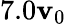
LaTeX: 7.0\mathbf{v}_{0}